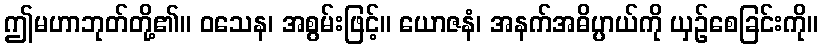
ဤမဟာဘုတ်တို့၏။ ဝသေန၊ အစွမ်းဖြင့်။ ယောဇနံ၊ အနက်အဓိပ္ပာယ်ကို ယှဉ်စေခြင်းကို။